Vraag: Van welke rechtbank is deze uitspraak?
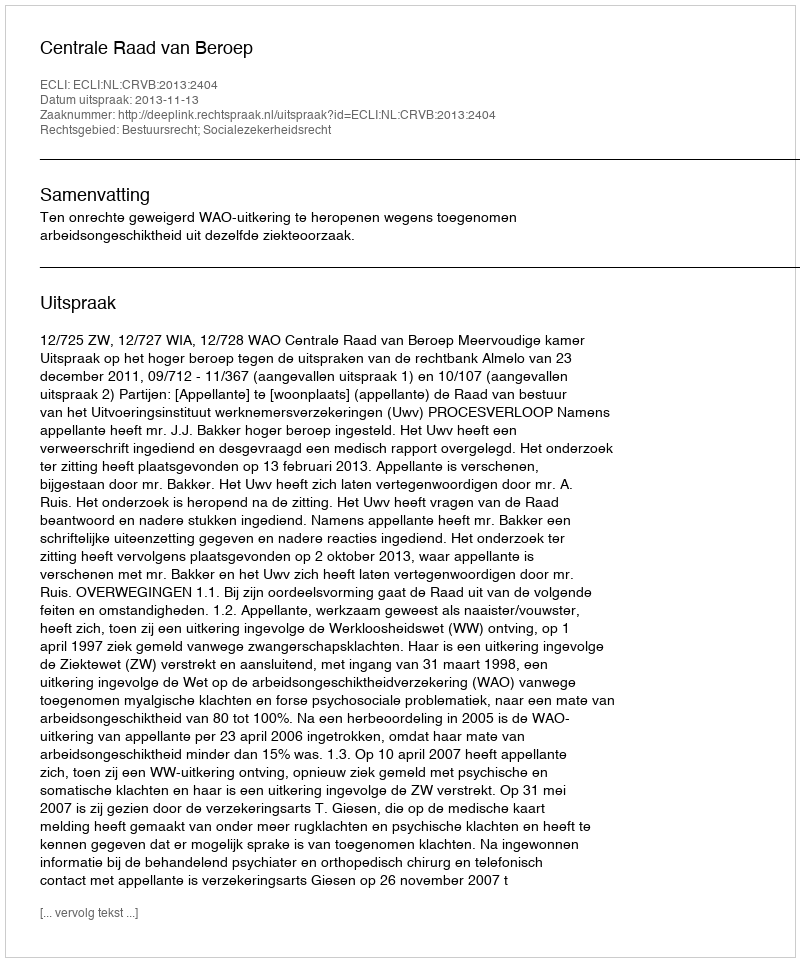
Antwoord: Centrale Raad van Beroep